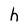
Character: h